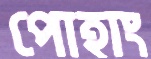
পোহাং